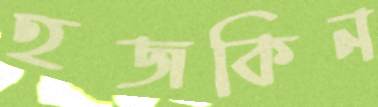
হজকিন